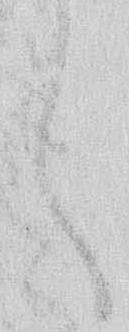
く